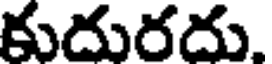
కుదురదు.